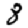
Digit: 8